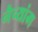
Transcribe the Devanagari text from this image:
नैच्यांग